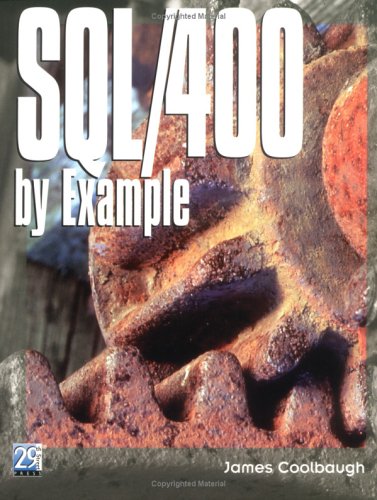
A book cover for SQL/400 by Example; James Coolbaugh; Computers & Technology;